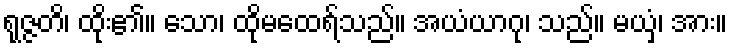
ရုဇ္ဇတိ၊ ထိုး၏။ သော၊ ထိုမထေရ်သည်။ အယံယာဂု၊ သည်။ မယှံ၊ အား။